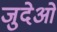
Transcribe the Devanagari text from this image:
जुदेओ